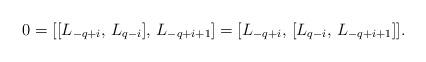
LaTeX: \begin{align*}0 = [[L_{-q+i}, \, L_{q-i}], \, L_{-q+i+1}] = [L_{-q+i}, \, [L_{q-i}, \,L_{-q+i+1}]].\end{align*}